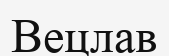
Вецлав